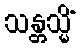
သန္တသ္မိံ